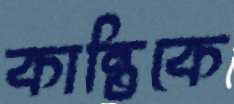
কান্তিকে